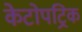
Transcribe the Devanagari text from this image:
केटोपट्रिक